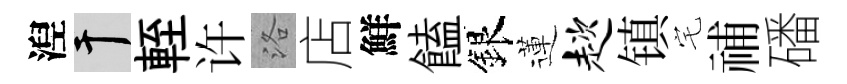
湼干輊许洛店鮮饁銀蓮趑镇宅𥙷磻